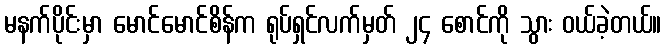
မနက်ပိုင်းမှာ မောင်မောင်စိန်က ရုပ်ရှင်လက်မှတ် ၂၄ စောင်ကို သွား ဝယ်ခဲ့တယ်။